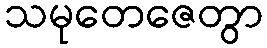
သမုတေဇေတွာ